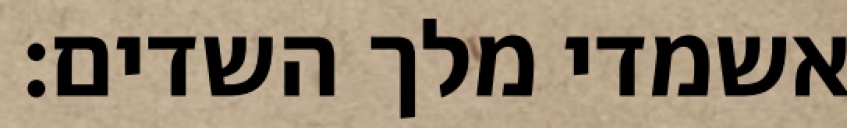
אשמדי מלך השדים: